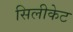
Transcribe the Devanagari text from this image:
सिलीकेट